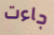
جاءت